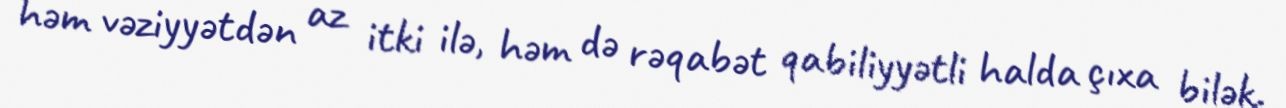
həm vəziyyətdən az itki ilə, həm də rəqabət qabiliyyətli halda çıxa bilək.